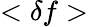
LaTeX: <\delta f>